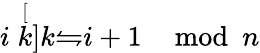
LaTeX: i\stackrel[k]{k}{\leftrightharpoons}i+1\mod n